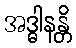
အဒ္ဓါနန္တိ